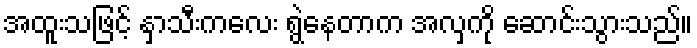
အထူးသဖြင့် နှာသီးကလေး ရွဲနေတာက အလှကို ဆောင်းသွားသည်။